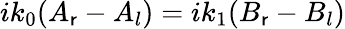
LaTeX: ik_{0}(A_{\mathsf{r}}-A_{l})=ik_{1}(B_{\mathsf{r}}-B_{l})